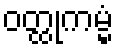
ဝတ္ထုကမ္မံ